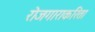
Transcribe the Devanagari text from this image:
रोजगाराकरिता